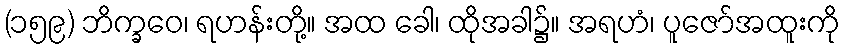
(၁၅၉) ဘိက္ခဝေ၊ ရဟန်းတို့။ အထ ခေါ၊ ထိုအခါ၌။ အရဟံ၊ ပူဇော်အထူးကို